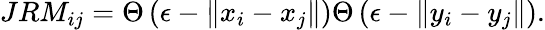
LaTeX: JRM_{ij}=\Theta\left(\epsilon-\left\| x_{i}-x_{j}\right\| \right)\Theta\left(\epsilon-\left\| y_{i}-y_{j}\right\| \right).